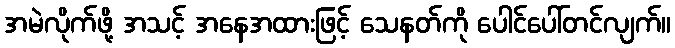
အမဲလိုက်ဖို့ အသင့် အနေအထားဖြင့် သေနတ်ကို ပေါင်ပေါ်တင်လျက်။